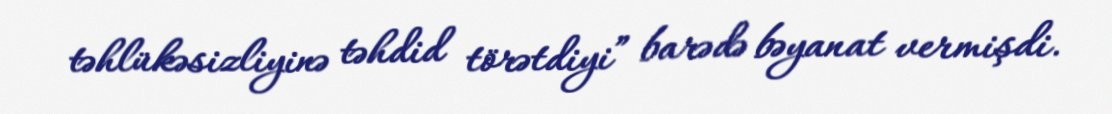
təhlükəsizliyinə təhdid törətdiyi” barədə bəyanat vermişdi.